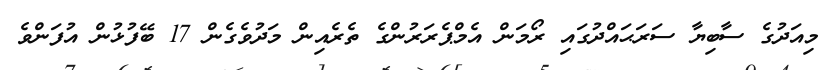
މިއަދުގެ ސާބިޔާ ސަރަޙައްދުގައި ރޯމަން އެމްޕެރަރުންގެ ތެރެއިން މަދުވެގެން 17 ބޭފުޅުން އުފަންވެ